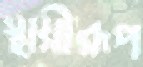
স্থায়ীরূপ